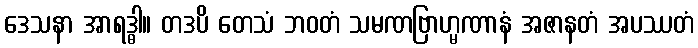
ဒေသနာ အာရဒ္ဓါ။ တဒပိ တေသံ ဘဝတံ သမဏဗြာဟ္မဏာနံ အဇာနတံ အပဿတံ